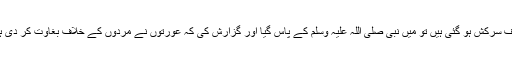
ہماری عورتیں ان کی عورتوں سے مل کر مردوں کے خلاف سرکش ہو گئی ہیں تو میں نبی صلی اللہ علیہ وسلم کے پاس گیا اور گزارش کی کہ عورتوں نے مردوں کے خلاف بغاوت کر دی ہے تو آپ نے انتہائی حالت میں مارنے کی اجازت دے دی۔